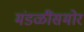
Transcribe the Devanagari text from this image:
मंडळींसमोर